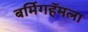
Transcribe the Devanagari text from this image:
बर्मिगहॅमला